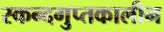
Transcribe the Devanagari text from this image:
स्कन्दगुप्तकालीन